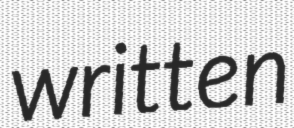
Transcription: written